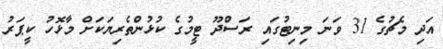
އަދި މެޗުގެ 31 ވަނަ މިނިޓުގައި ރަސްދޫ ޓީމުގެ ކުޅުންތެރިޔަކަށް މާޅޮހު ކީޕަރު